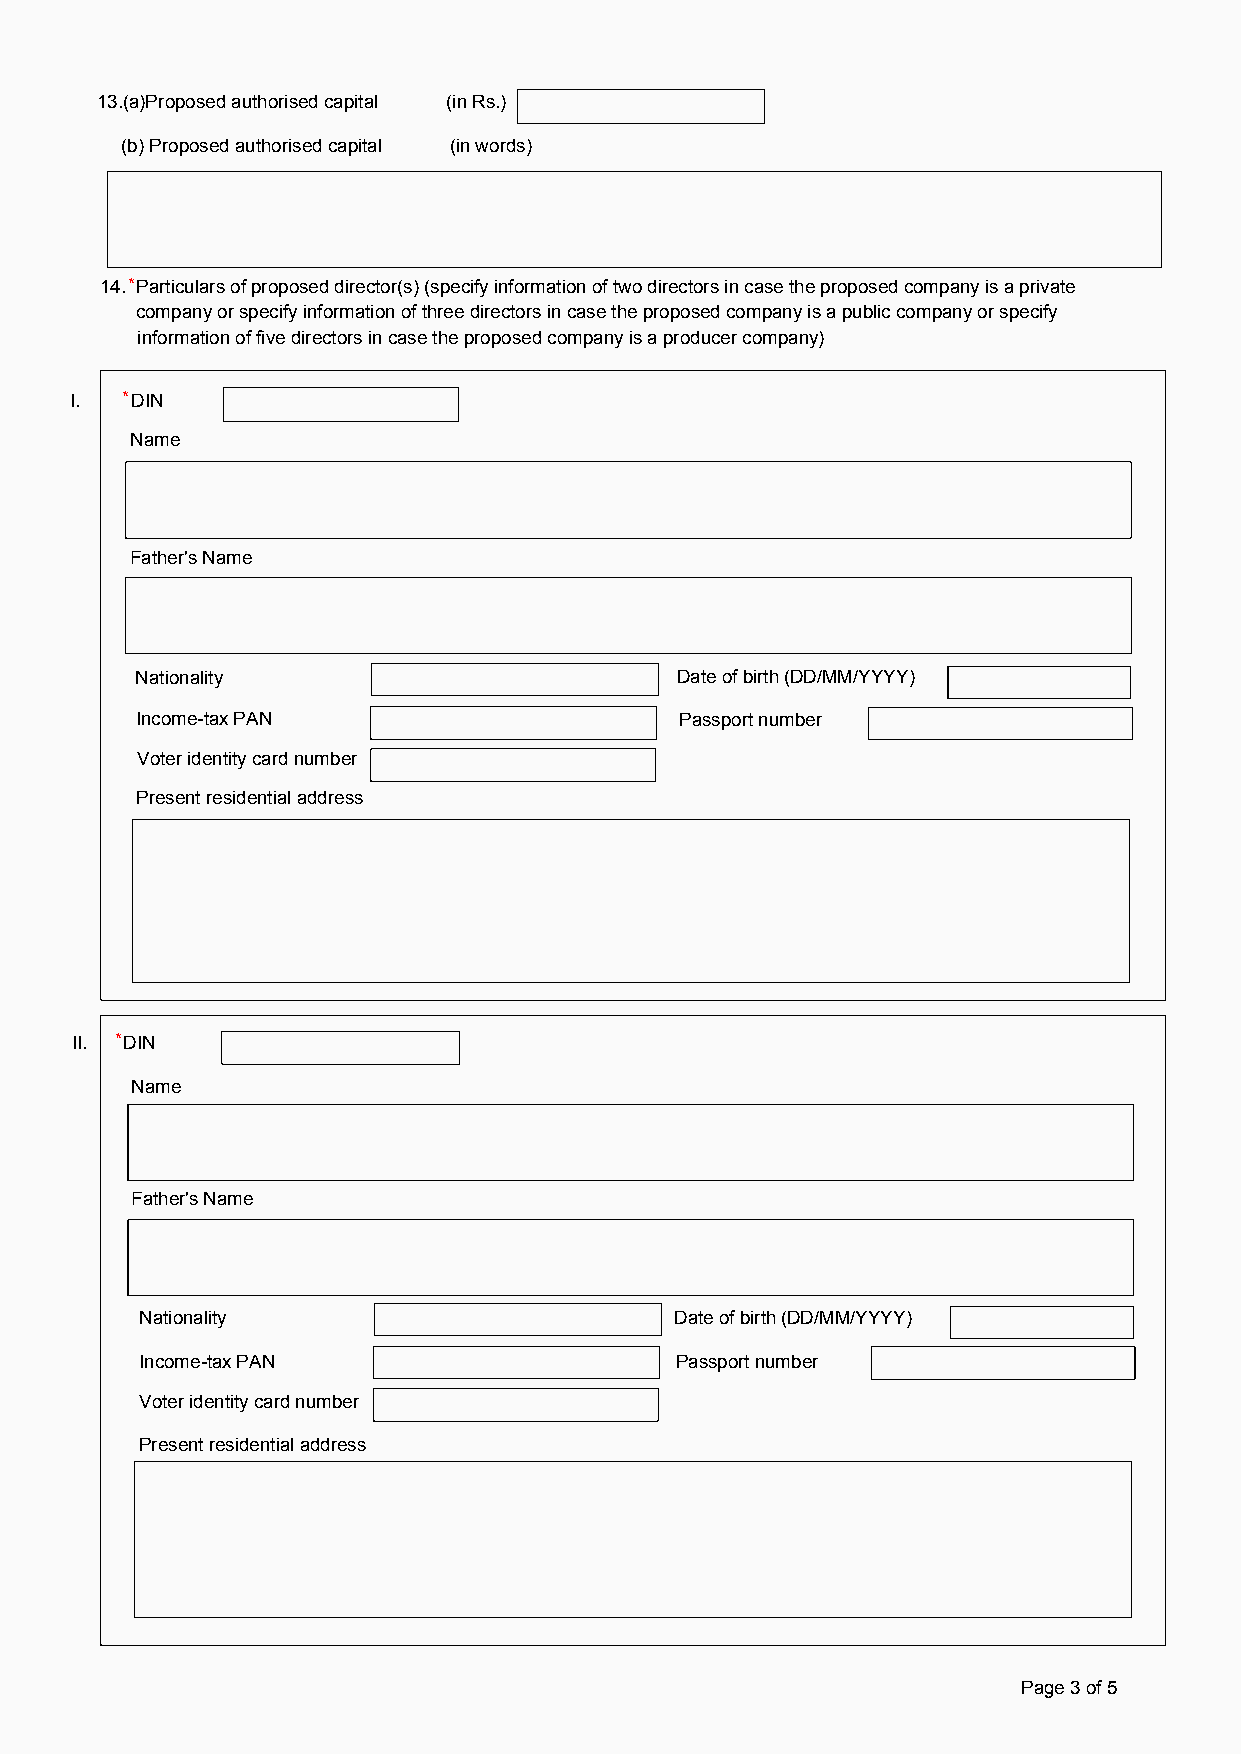
13.(a)Proposed authorised capital (in Rs.)
 (b) Proposed authorised capital (in words)
 14. * Particulars of proposed director(s) (specify information of two directors in case the proposed company is a private
 company or specify information of three directors in case the proposed company is a public company or specify
 information of five directors in case the proposed company is a producer company)
 I. *DIN
 Name
 Father's Name
 Nationality                         Date of birth (DD/MM/YYYY)
 Income-tax PAN                      Passport number
 Voter identity card number
 Present residential address
 II. *DIN
 Name
 Father's Name
 Nationality                         Date of birth (DD/MM/YYYY)
 Income-tax PAN                      Passport number
 Voter identity card number
 Present residential address
 Page 3 of 5